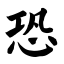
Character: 恐